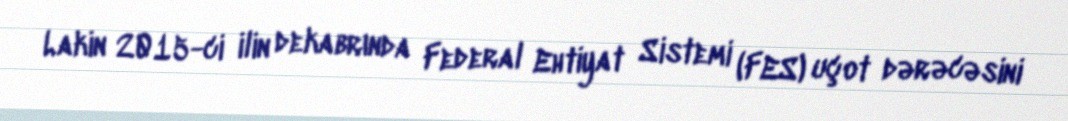
Lakin 2015-ci ilin dekabrında Federal Ehtiyat Sistemi (FES) uçot dərəcəsini